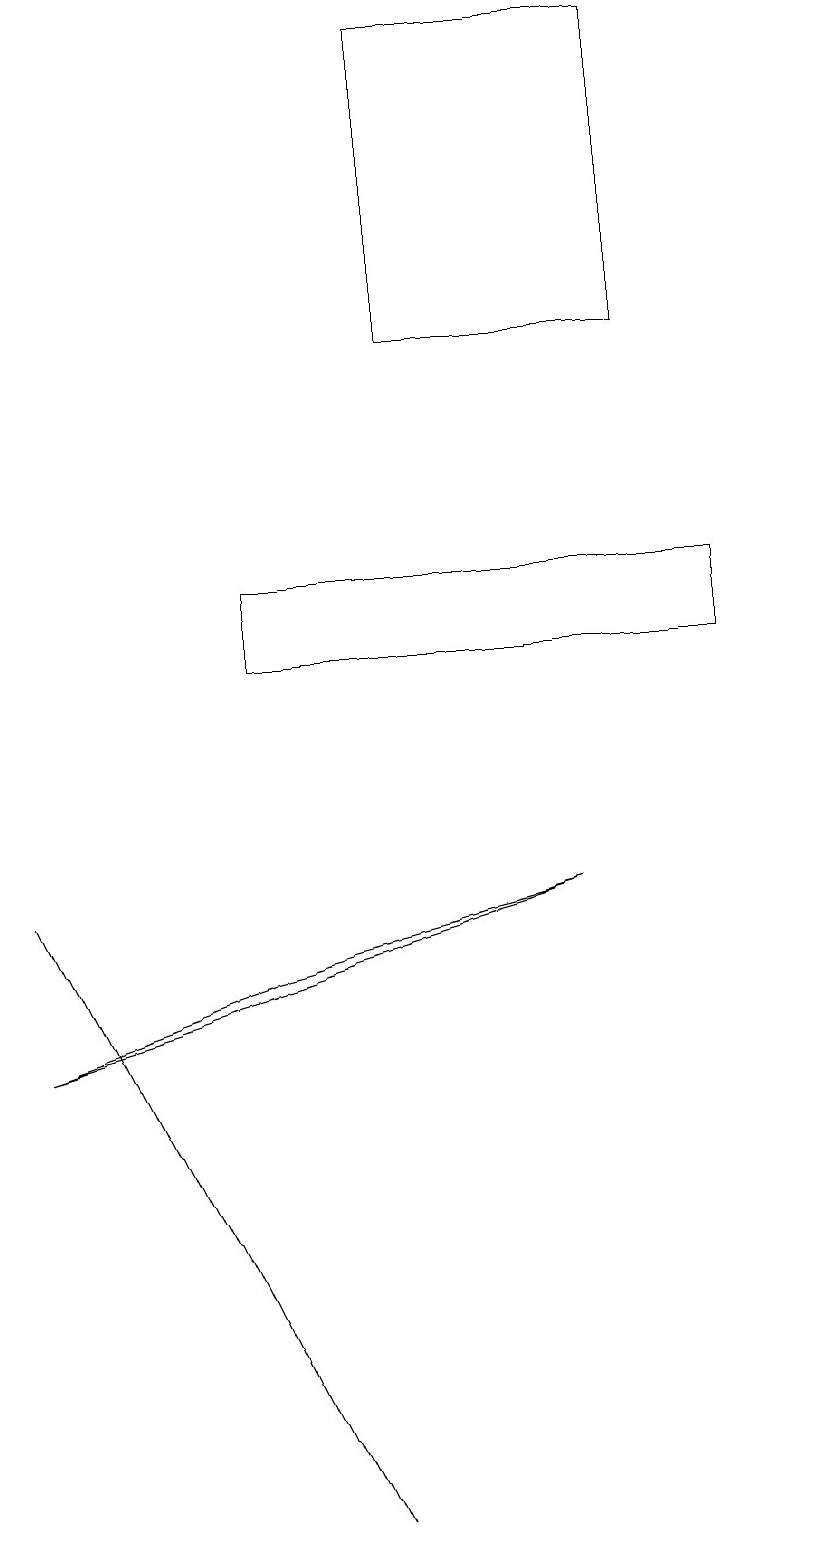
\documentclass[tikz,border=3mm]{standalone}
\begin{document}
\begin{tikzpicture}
\draw (5,19) rectangle (8,15);
\draw (0,6) -- (3,7) -- (7,8) -- cycle;
\draw (9,12) rectangle (3,11);
\draw (10,12) circle (0);
\draw (4,0) -- (2,4) -- (0,8) -- cycle;
\draw (10,10) circle (0);
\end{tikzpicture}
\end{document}